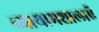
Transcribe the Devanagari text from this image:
व्यायामशालाऍ